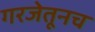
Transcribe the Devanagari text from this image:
गरजेतूनच